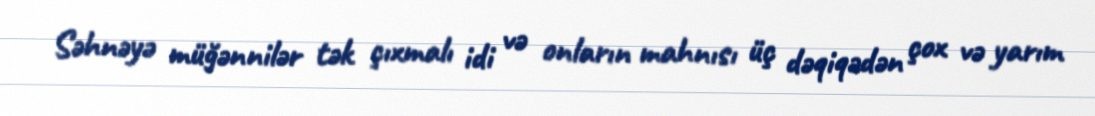
Səhnəyə müğənnilər tək çıxmalı idi və onların mahnısı üç dəqiqədən çox və yarım